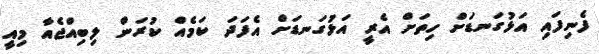
ފެނިފައި އަޅުގަނޑަށް ހިތަށް އެރީ އަޅުގަނޑަށް އެފަދަ ކަމެއް ކުރަން ލިބިއްޖެއާ މިއީ